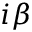
i \beta